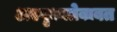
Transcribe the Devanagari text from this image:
अस्पृश्यतेबाबत